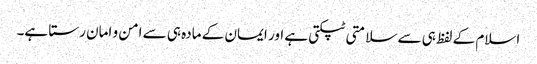
اسلام کے لفظ ہی سے سلامتی ٹپکتی ہے اور ایمان کے مادہ ہی سے امن و امان رستا ہے۔